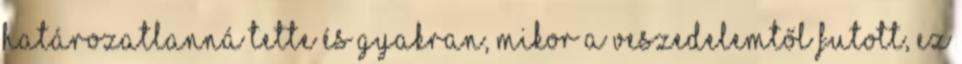
határozatlanná tette és gyakran, mikor a veszedelemtől futott, ez